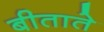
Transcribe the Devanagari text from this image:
बीताते